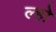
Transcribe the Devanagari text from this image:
ल्हो